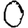
Digit: 0